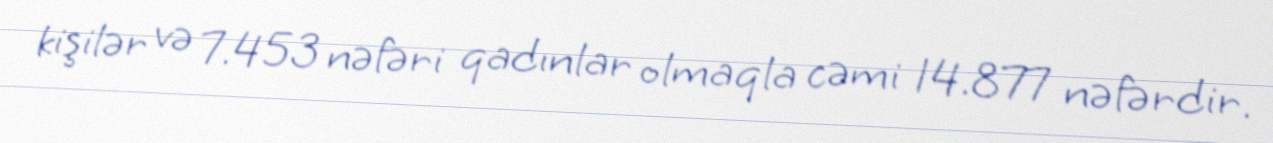
kişilər və 7.453 nəfəri qadınlar olmaqla cəmi 14.877 nəfərdir.